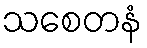
သစေတနံ